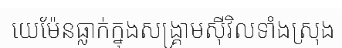
យេម៉ែនធ្លាក់ក្នុងសង្គ្រាមស៊ីវិលទាំងស្រុង